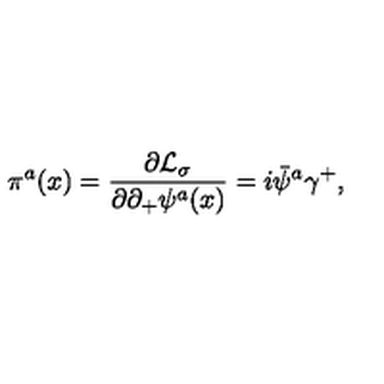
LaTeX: \pi ^ { a } ( x ) = { \frac { \partial { \cal L } _ { \sigma } } { \partial \partial _ { + } \psi ^ { a } ( x ) } } = i \bar { \psi } ^ { a } \gamma ^ { + } ,